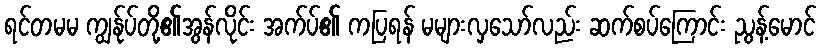
ရင်တမမ ကျွန်ုပ်တို့၏အွန်လိုင်း အက်ပ်၏ ကပြရန် မများလှသော်လည်း ဆက်စပ်ကြောင်း ညွန့်မောင်